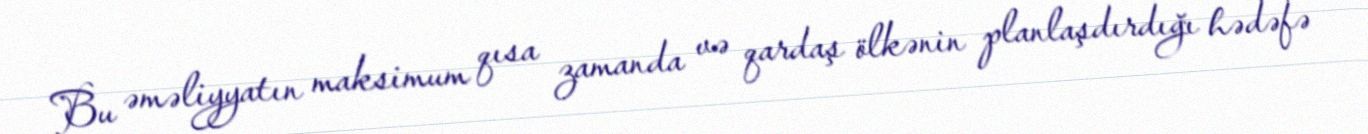
Bu əməliyyatın maksimum qısa zamanda və qardaş ölkənin planlaşdırdığı hədəfə